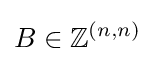
B\in \mathbb {Z} ^{(n,n)}